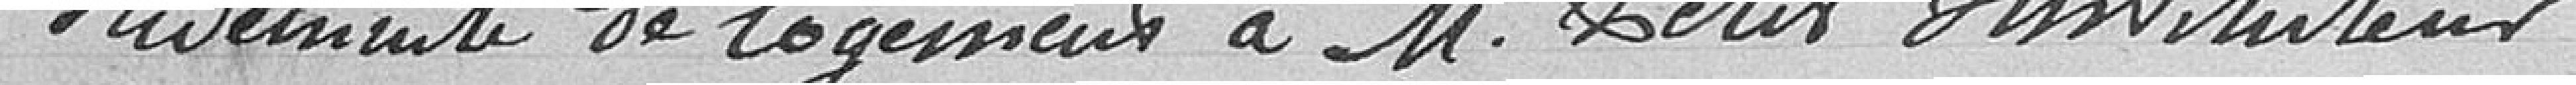
Indemnité de logement à Monsieur Petit instituteur